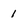
Character: 1